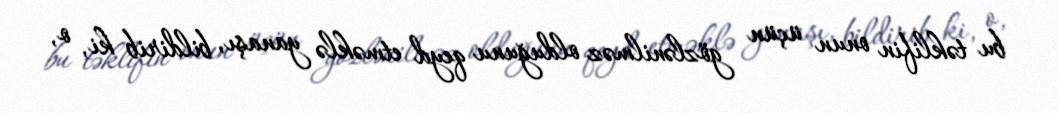
bu təklifin onun üçün gözlənilməz olduğunu qeyd etməklə yanaşı, bildirib ki, o,